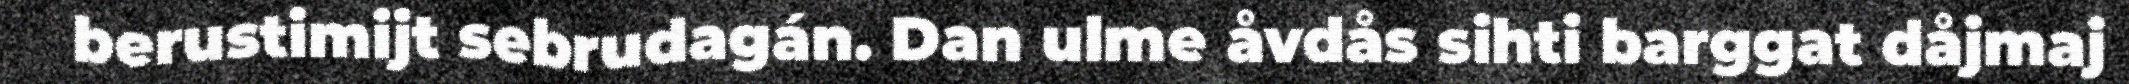
berustimijt sebrudagán. Dan ulme åvdås sihti barggat dåjmaj